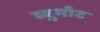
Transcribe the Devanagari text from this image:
ब्युमाँट